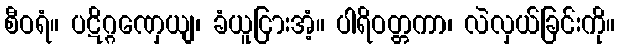
စီဝရံ။ ပဋိဂ္ဂဏှေယျ၊ ခံယူငြားအံ့။ ပါရိဝတ္တကာ၊ လဲလှယ်ခြင်းကို။